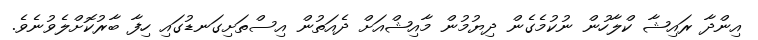
އިންދާ ރައިޝާ ކްލާހުން ނުކުމެގެން ދިޔުމުން މާއިޝްއަށް ދެއަތުން އިސްތަށިގަނޑުގައި ހިފާ ބާރުކޮށްލެވުނެވެ.